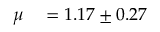
\begin{array} { r l } { \mu } & { { } = 1 . 1 7 \pm 0 . 2 7 } \end{array}